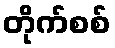
တိုက်စစ်